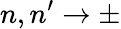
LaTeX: n,n^{\prime}\rightarrow\pm